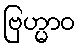
ဗြဟ္မာဝ